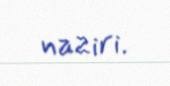
naziri.